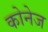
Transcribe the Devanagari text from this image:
कोनेज